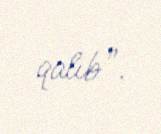
qalıb”.